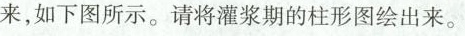
来，如下图所示。请将灌浆期的柱形图绘出来。